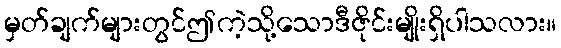
မှတ်ချက်များတွင်ဤကဲ့သို့သောဒီဇိုင်းမျိုးရှိပါသလား။